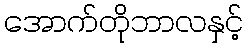
အောက်တိုဘာလနှင့်